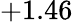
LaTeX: +1.46